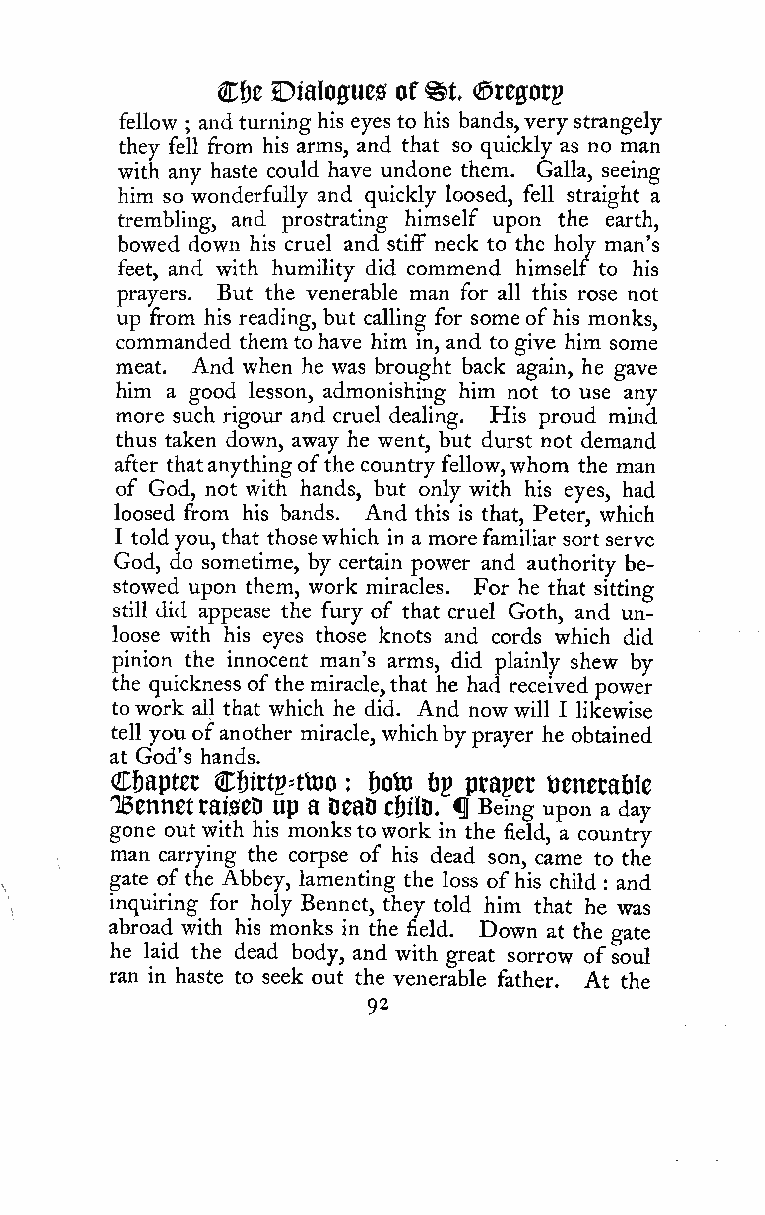
C&e DialO0ue0 of ^t (Sregotp
 fellow and turning his eyes to his bands,very strangely
 ;
 they fell from his arms, and that so quickly as no man
 with any haste could have undone them. Galla, seeing
 him so wonderfully and quickly loosed, fell straight a
 trembling, and prostrating himself upon the earth,
 bowed down his cruel and stiff neck to the holy man's
 feet, and with humility did commend himself to his
 prayers. But the venerable man for all this rose not
 up from his reading, but calling for someofhis monks,
 commanded them tohave him in, and to give him some
 meat. And when he was brought back again, he gave
 him a good lesson, admonishing him not to use any
 more such rigour and cruel dealing. His proud mind
 thus taken down, away he went, but durst not demand
 after thatanythingofthe country fellow,whom the man
 of God, not with hands, but only with his eyes, had
 loosed from his bands. And this is that, Peter, which
 I toldyou, that thosewhich in a morefamiliar sort serve
 God, do sometime, by certain power and authority be-
 stowed upon them, work miracles. For he that sitting
 still did appease the fury of that cruel Goth, and un-
 loose with his eyes those knots and cords which did
 pinion the innocent man's arms, did plainly shew by
 the quickness ofthe miracle,that he had received power
 towork all that which he did. And now will I likewise
 tell you ofanother miracle, whichbyprayer he obtained
 at God's hands.
 Cfiaptet C6irtp=ttoo : f)oto fjp prapet tienerable
 TBennetraiseD up a DeaD cfjilD. fl Being upon a day
 gone out with his monkstowork in the field, a country
 man carrying the corpse of his dead son, came to the
 gate ofthe Abbey, lamenting the loss ofhis child and
 :
 inquiring for holy Bennet, they told him that he was
 abroad with his monks in the field. Down at the gate
 he laid the dead body, and with great sorrow ofsoul
 ran in haste to seek out the venerable father. At the
 92